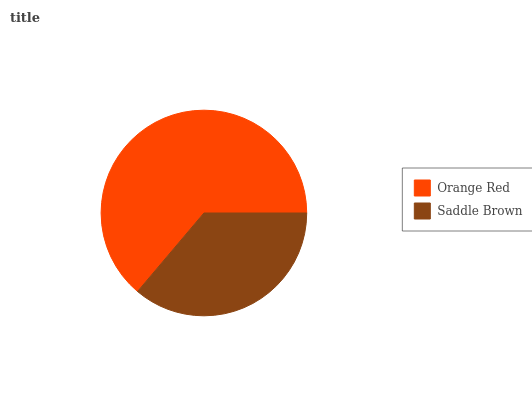
| Orange Red | Saddle Brown |
 | --- | --- |
 | 63.9% | 36.1% |